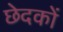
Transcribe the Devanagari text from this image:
छेदकों